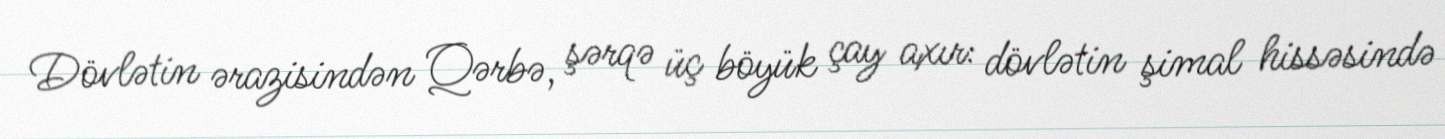
Dövlətin ərazisindən Qərbə, şərqə üç böyük çay axır: dövlətin şimal hissəsində